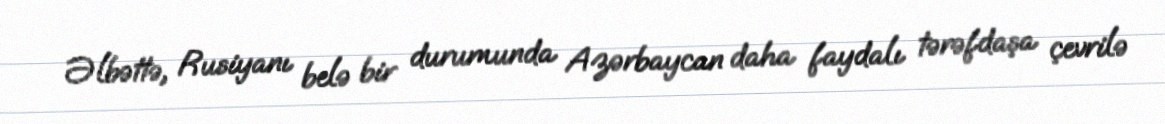
Əlbəttə, Rusiyanı belə bir durumunda Azərbaycan daha faydalı tərəfdaşa çevrilə